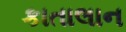
કાતાલાન